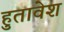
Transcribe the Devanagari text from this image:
हुतावेश